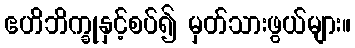
ဧဟိဘိက္ခုနှင့်စပ်၍ မှတ်သားဖွယ်များ။